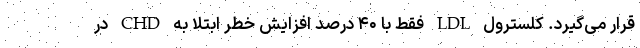
قرار می‌گیرد. کلسترول LDL فقط با ۴۰ درصد افزایش خطر ابتلا به CHD در